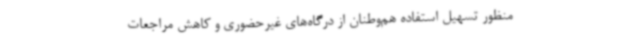
منظور تسهیل استفاده هم‌وطنان از درگاه‌های غیرحضوری و کاهش مراجعات